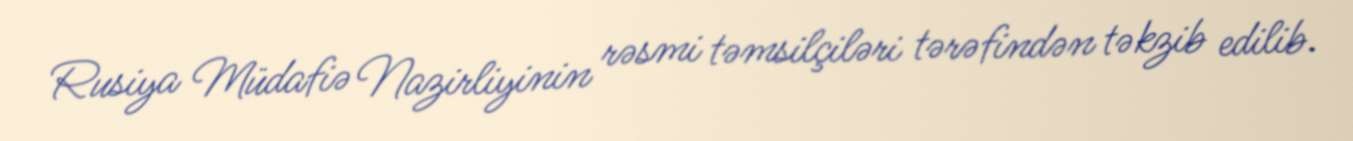
Rusiya Müdafiə Nazirliyinin rəsmi təmsilçiləri tərəfindən təkzib edilib.